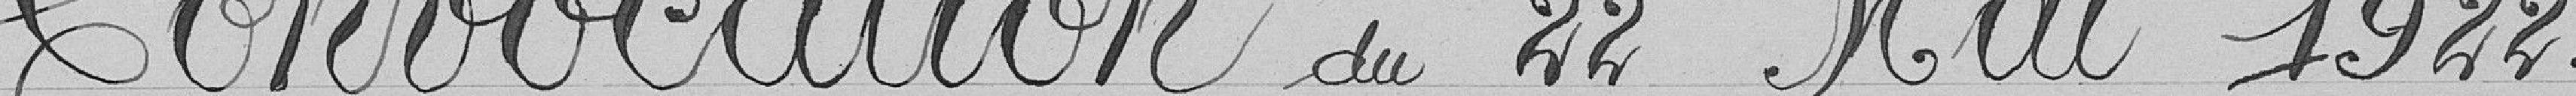
Convocation du 22 mai 1922.